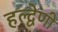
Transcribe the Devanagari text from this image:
हल्द्वेणी